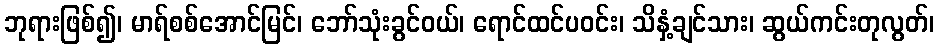
ဘုရားဖြစ်၍၊ မာရ်စစ်အောင်မြင်၊ ဘော်သုံးခွင်ဝယ်၊ ရောင်ထင်ပဝင်း၊ သိနှံ့ချင်သား၊ ဆွယ်ကင်းတုလွတ်၊